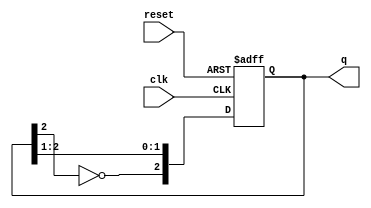
module JohnsonCounter #(parameter N = 3) (
    input wire clk,              // Clock input
    input wire reset,            // Asynchronous reset
    output reg [N-1:0] q         // Counter output
);

    always @(posedge clk or posedge reset) begin
        if (reset) begin
            q <= 0;              // Initialize counter to 0 on reset
        end else begin
            // Shift the state and feed back the inverted last flip-flop output
            q <= {~q[N-1], q[N-1:N-2]}; // Shift and feed back inverted last bit
        end
    end

endmodule